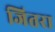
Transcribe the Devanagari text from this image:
जितरा